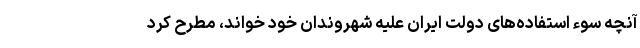
آنچه سوء استفاده‌های دولت ایران علیه شهروندان خود خواند، مطرح کرد